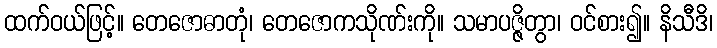
ထက်ဝယ်ဖြင့်။ တေဇောဓာတုံ၊ တေဇောကသိုဏ်းကို။ သမာပဇ္ဇိတွာ၊ ဝင်စား၍။ နိသီဒိ၊